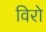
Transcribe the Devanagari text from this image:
विरो